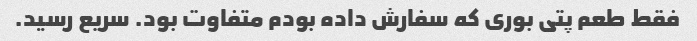
فقط طعم پتی بوری که سفارش داده بودم متفاوت بود. سریع رسید.